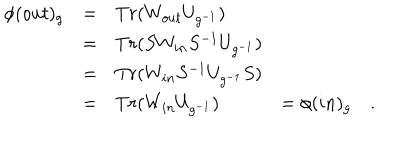
\begin{array} { l l l l } { { \nonumber \phi ( o u t ) _ { g } } } & { { = } } & { { T r ( W _ { o u t } U _ { g ^ { - 1 } } ) } } & { { } } \\ { { } } & { { = } } & { { T r ( S W _ { i n } S ^ { - 1 } U _ { g ^ { - 1 } } ) } } & { { } } \\ { { } } & { { = } } & { { T r ( W _ { i n } S ^ { - 1 } U _ { g ^ { - 1 } } S ) } } & { { } } \\ { { } } & { { = } } & { { T r ( W _ { i n } U _ { g ^ { - 1 } } ) } } & { { = \phi ( i n ) _ { g } \quad . } } \\ \end{array}